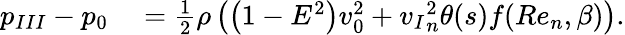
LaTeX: \begin{array}{rl}{{p_{III}}-{p_{0}}}&{{}={}\frac{1}{2}\rho\left(\left(1-E^{2}\right)v_{0}^{2}+{v_{I}}_{n}^{2}\theta(s)f(Re_{n},\beta)\right).}\end{array}